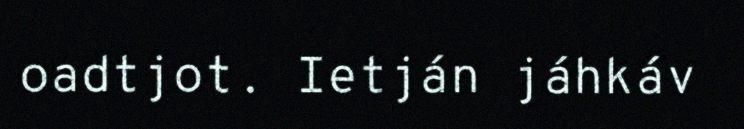
oadtjot. Ietján jáhkáv